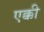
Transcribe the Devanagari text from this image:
एक्की